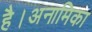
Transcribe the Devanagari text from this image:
है।अनामिका